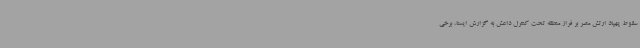
سقوط پهپاد ارتش مصر بر فراز منطقه تحت کنترل داعش به گزارش ایسنا، برخی